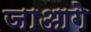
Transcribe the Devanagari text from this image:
जाआगे